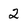
Character: 2